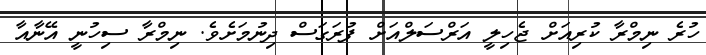
ހުރެ ނިމްރާ ކުރިއަށް ޖެހިލީ އަރްސަލްއަށް ފުރަގަސް ދިނުމަށެވެ. ނިމްރާ ސިހުނީ އޭނާއާ